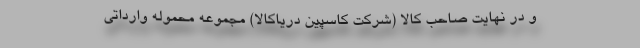
و در نهایت صاحب کالا (شرکت کاسپین دریاکالا) مجموعه محموله وارداتی